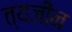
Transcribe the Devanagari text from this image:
त्यजीन